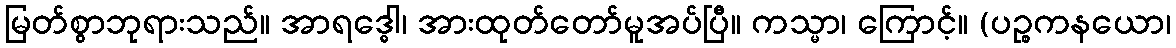
မြတ်စွာဘုရားသည်။ အာရဒ္ဓေါ၊ အားထုတ်တော်မူအပ်ပြီ။ ကသ္မာ၊ ကြောင့်။ (ပဉ္စကနယော၊